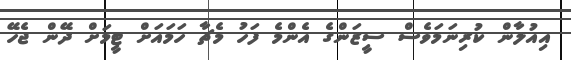
އިއުލާން ކުރިނަމަވެސް ސީޒަންގެ އެންމެ ފަހު މެޗާ ހަމައަށް ޓީމަށް ދޭން ޖެހޭ